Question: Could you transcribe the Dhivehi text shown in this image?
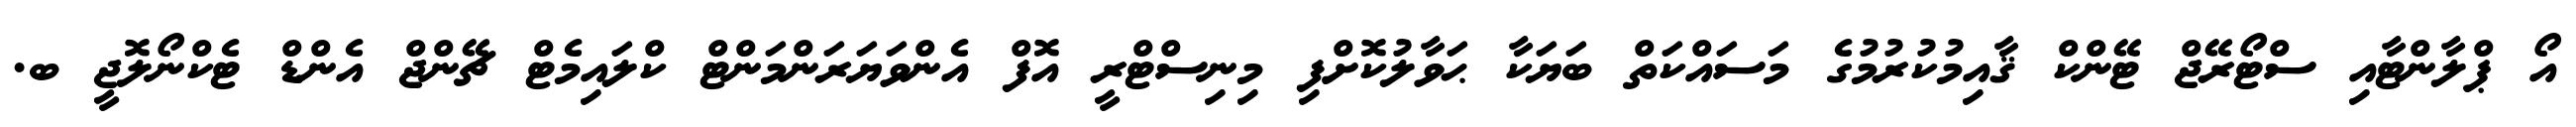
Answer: އޯ ޕްލާންޓާއި ސްޓޯރޭޖް ޓޭންކް ޤާއިމުކުރުމުގެ މަސައްކަތް ބަޔަކާ ޙަވާލުކޮށްފި މިނިސްޓްރީ އޮފް އެންވަޔަރަންމަންޓް ކްލައިމެޓް ޗޭންޖް އެންޑް ޓެކްނޯލޮޖީ ބ.